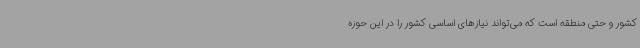
کشور و حتی منطقه است که می‌تواند نیازهای اساسی کشور را در این حوزه